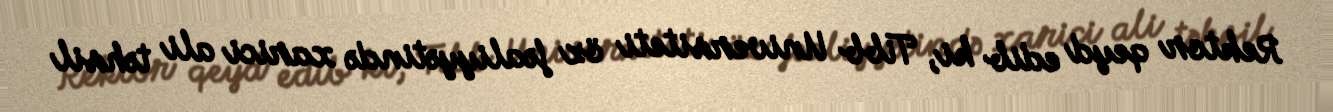
Rektor qeyd edib ki, Tibb Universiteti öz fəaliyyətində xarici ali təhsil